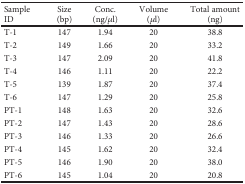
<table><thead><tr><td><b>Sample ID</b></td><td><b>Size (bp)</b></td><td><b>Conc. (ng/<i>μ</i>l)</b></td><td><b>Volume (<i>μ</i>l)</b></td><td><b>Total amount (ng)</b></td></tr></thead><tbody><tr><td>T-1</td><td>147</td><td>1.94</td><td>20</td><td>38.8</td></tr><tr><td>T-2</td><td>149</td><td>1.66</td><td>20</td><td>33.2</td></tr><tr><td>T-3</td><td>147</td><td>2.09</td><td>20</td><td>41.8</td></tr><tr><td>T-4</td><td>146</td><td>1.11</td><td>20</td><td>22.2</td></tr><tr><td>T-5</td><td>139</td><td>1.87</td><td>20</td><td>37.4</td></tr><tr><td>T-6</td><td>147</td><td>1.29</td><td>20</td><td>25.8</td></tr><tr><td>PT-1</td><td>148</td><td>1.63</td><td>20</td><td>32.6</td></tr><tr><td>PT-2</td><td>147</td><td>1.43</td><td>20</td><td>28.6</td></tr><tr><td>PT-3</td><td>146</td><td>1.33</td><td>20</td><td>26.6</td></tr><tr><td>PT-4</td><td>145</td><td>1.62</td><td>20</td><td>32.4</td></tr><tr><td>PT-5</td><td>146</td><td>1.90</td><td>20</td><td>38.0</td></tr><tr><td>PT-6</td><td>145</td><td>1.04</td><td>20</td><td>20.8</td></tr></tbody></table>